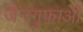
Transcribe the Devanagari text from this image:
जैनगुफाओं